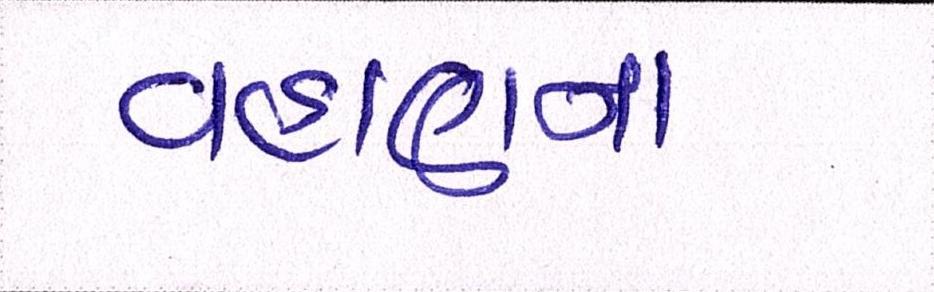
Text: વહાણના